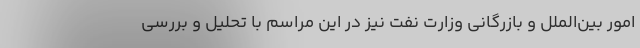
امور بین‌الملل و بازرگانی وزارت نفت نیز در این مراسم با تحلیل و بررسی